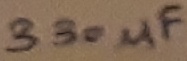
Text: 330µF